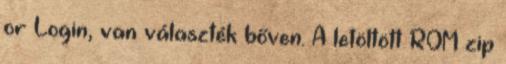
or Login, van választék bőven. A letöltött ROM zip